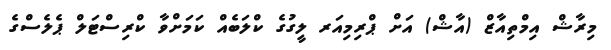
މިރާޝް އިމްތިއާޒް (އާޝް) އަށް ޕްރިމިއަރ ލީގުގެ ކްލަބެއް ކަމަށްވާ ކްރިސްޓަލް ޕެލެސްގެ